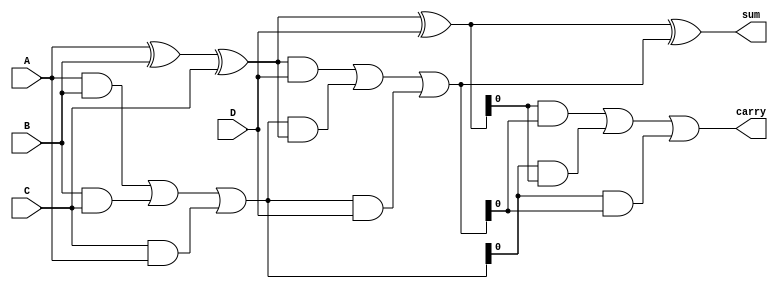
module carry_save_adder(
    input [31:0] A, // First operand
    input [31:0] B, // Second operand
    input [31:0] C, // Third operand
    input [31:0] D, // Fourth operand
    output [31:0] sum, // Final sum output
    output carry // Final carry output
);

// Intermediate wires for partial sums and carries
wire [31:0] ps1, ps2, ps3; // Partial sums
wire [31:0] c1, c2, c3; // Carries

// First level of CSA
assign ps1 = A ^ B ^ C; // Partial sum for first group
assign c1 = (A & B) | (B & C) | (C & A); // Carry for first group

// Second level of CSA
assign ps2 = ps1 ^ D; // Partial sum for second group
assign c2 = (ps1 & D) | (c1 & ps1) | (c1 & D); // Carry for second group

// Final stage
assign sum = ps2 ^ c2; // Final sum
assign carry = (ps2 & c2) | (c1 & ps2) | (c1 & c2); // Final carry

endmodule